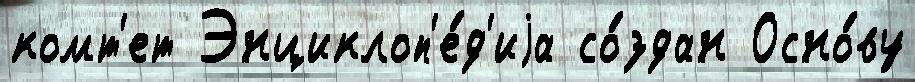
комт'ет Энциклоп'е́д'иjа со́здан Осно́ву